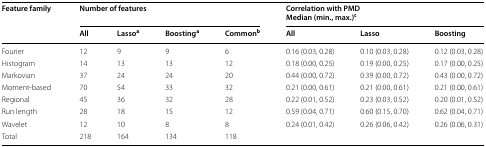
| <ROWSPAN=2> Feature family | <COLSPAN=4> Number of features | <COLSPAN=3> Correlation with PMDMedian (min., max.)c |
 | All | Lassoa | Boostinga | Commonb | All | Lasso | Boosting |
 | --- | --- | --- | --- | --- | --- | --- | --- |
 | Fourier | 12 | 9 | 9 | 6 | 0.16 (0.03, 0.28) | 0.10 (0.03, 0.28) | 0.12 (0.03, 0.28) |
 | Histogram | 14 | 13 | 13 | 12 | 0.18 (0.00, 0.25) | 0.19 (0.00, 0.25) | 0.17 (0.00, 0.25) |
 | Markovian | 37 | 24 | 24 | 20 | 0.44 (0.00, 0.72) | 0.39 (0.00, 0.72) | 0.43 (0.00, 0.72) |
 | Moment-based | 70 | 54 | 33 | 32 | 0.21 (0.00, 0.61) | 0.21 (0.00, 0.61) | 0.21 (0.00, 0.61) |
 | Regional | 45 | 36 | 32 | 28 | 0.22 (0.01, 0.52) | 0.23 (0.03, 0.52) | 0.20 (0.01, 0.52) |
 | Run length | 28 | 18 | 15 | 12 | 0.59 (0.04, 0.71) | 0.60 (0.15, 0.70) | 0.62 (0.04, 0.71) |
 | Wavelet | 12 | 10 | 8 | 8 | 0.24 (0.01, 0.42) | 0.26 (0.06, 0.42) | 0.26 (0.06, 0.31) |
 | Total | 218 | 164 | 134 | 118 |  |  |  |